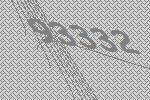
93332